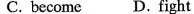
C. become D. fight